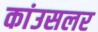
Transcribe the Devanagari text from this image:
कांउसलर